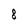
Character: 8